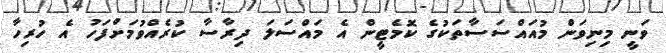
ވަނީ މިނިވަން މުއައްސަސާތަކުގެ ކޮމެޓީން އެ މައްސަލަ ދިރާސާ ކުރެއްވުމަށްފަހު އެ ހުރިހާ